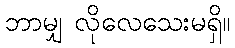
ဘာမျှ လိုလေသေးမရှိ။